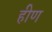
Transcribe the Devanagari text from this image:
हीण